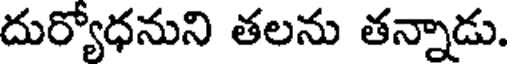
దుర్యోధనుని తలను తన్నాడు.